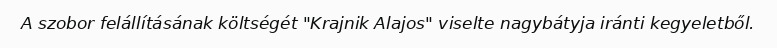
A szobor felállításának költségét "Krajnik Alajos" viselte nagybátyja iránti kegyeletből.